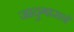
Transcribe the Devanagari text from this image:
जादुगाराने